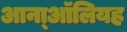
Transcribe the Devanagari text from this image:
आना्ऑलियह